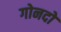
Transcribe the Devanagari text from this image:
गोनदो